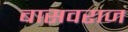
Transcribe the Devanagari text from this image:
बासवराज